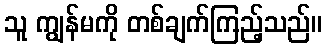
သူ ကျွန်မကို တစ်ချက်ကြည့်သည်။